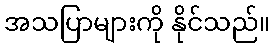
အသပြာများကို နိုင်သည်။